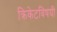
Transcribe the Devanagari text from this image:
क्रिकेटविषयी